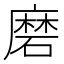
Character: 磨